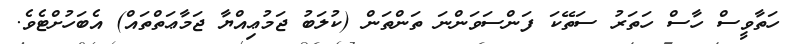
ހަތާވީސް ހާސް ހަތަރު ސަތޭކަ ފަންސަވަންނަ ތަންތަން (ކުލަބު ޖަމުޢިއްޔާ ޖަމާޢަތްތައް) އެބަހުށްޓެވެ.